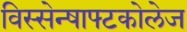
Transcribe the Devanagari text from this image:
विस्सेन्षाफ्टकोलेज